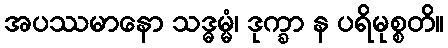
အပဿမာနော သဒ္ဓမ္မံ၊ ဒုက္ခာ န ပရိမုစ္စတိ။